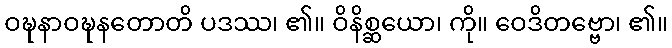
ဝဍ္ဎနာဝဍ္ဎနတောတိ ပဒဿ၊ ၏။ ဝိနိစ္ဆယော၊ ကို။ ဝေဒိတဗ္ဗော၊ ၏။